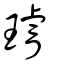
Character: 璿